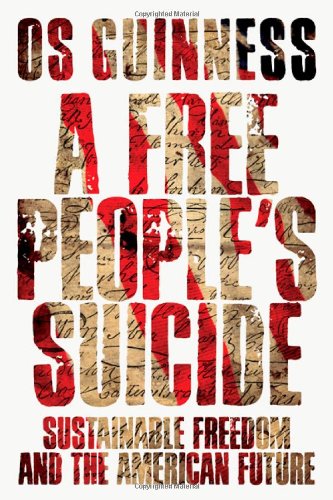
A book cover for A Free People's Suicide: Sustainable Freedom and the American Future; Os Guinness; Religion & Spirituality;